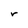
Character: r